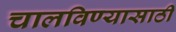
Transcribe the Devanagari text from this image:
चालविण्‍यासाठी